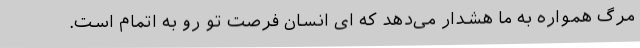
مرگ همواره به ما هشدار می‌دهد که ای انسان فرصت تو رو به اتمام است.